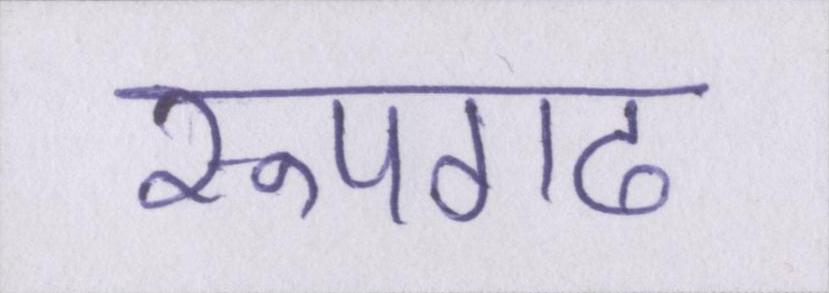
रूपगढ